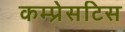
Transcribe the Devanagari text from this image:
कम्प्रेसटिस